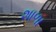
શાળા